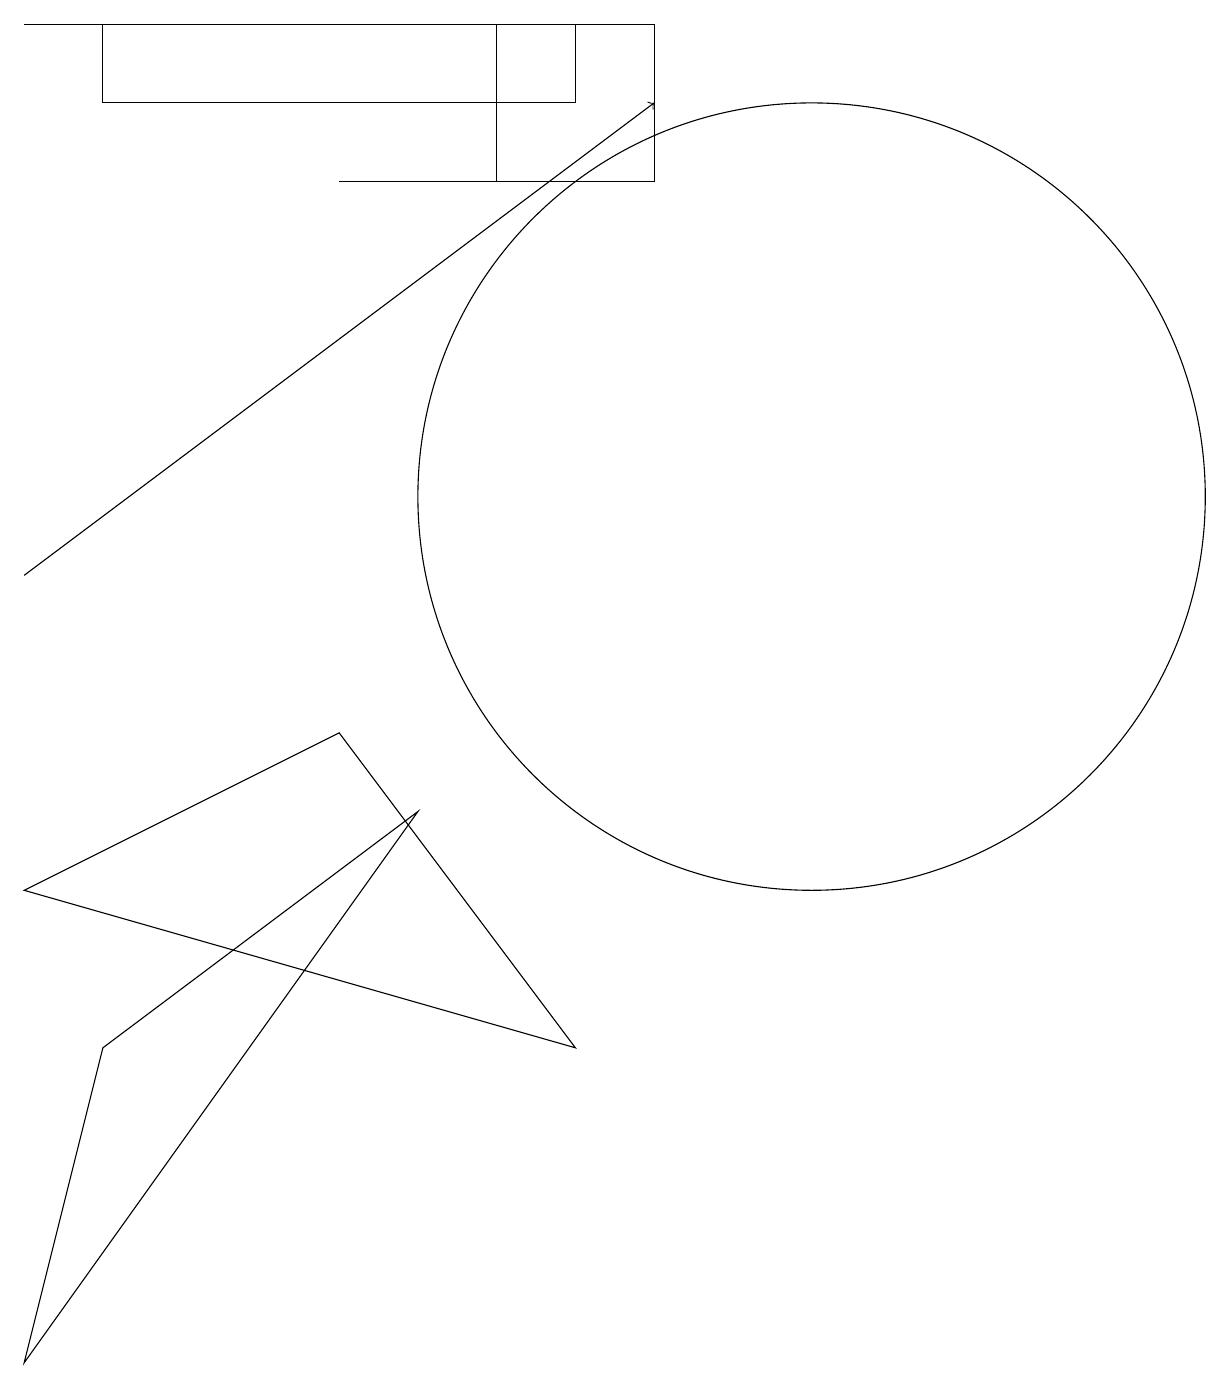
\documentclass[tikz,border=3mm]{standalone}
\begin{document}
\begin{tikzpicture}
\draw (2,16) rectangle (8,17);
\draw (9,15) rectangle (7,17);
\draw (3,17) rectangle (1,17);
\draw (6,7) -- (2,4) -- (1,0) -- cycle;
\draw[->] (1,10) -- (9,16);
\draw (7,15) rectangle (5,15);
\draw (11,11) circle (5);
\draw (1,6) -- (8,4) -- (5,8) -- cycle;
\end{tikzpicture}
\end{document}